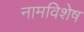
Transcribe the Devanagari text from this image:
नामविशेष